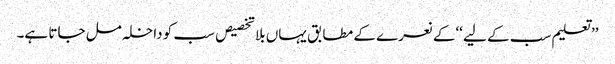
’’ تعلیم سب کے لیے ‘‘کے نعرے کے مطابق یہاں بلا تخصیص سب کو داخلہ مل جاتا ہے۔